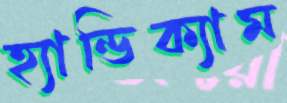
হ্যান্ডিক্যাম